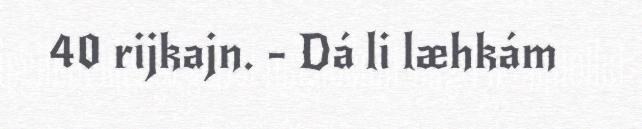
40 rijkajn. - Dá li læhkám